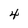
Character: 4